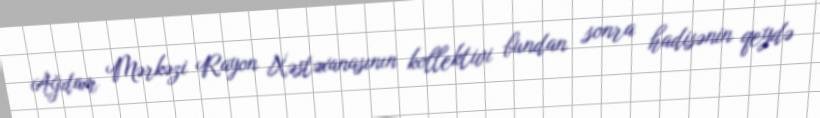
Ağdam Mərkəzi Rayon Xəstəxanasının kollektivi bundan sonra hadisənin qeydə